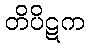
တိပိဋက